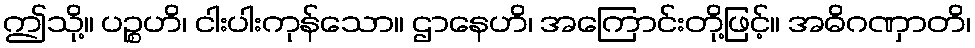
ဤသို့။ ပဉ္စဟိ၊ ငါးပါးကုန်သော။ ဌာနေဟိ၊ အကြောင်းတို့ဖြင့်။ အဓိဂဏှာတိ၊